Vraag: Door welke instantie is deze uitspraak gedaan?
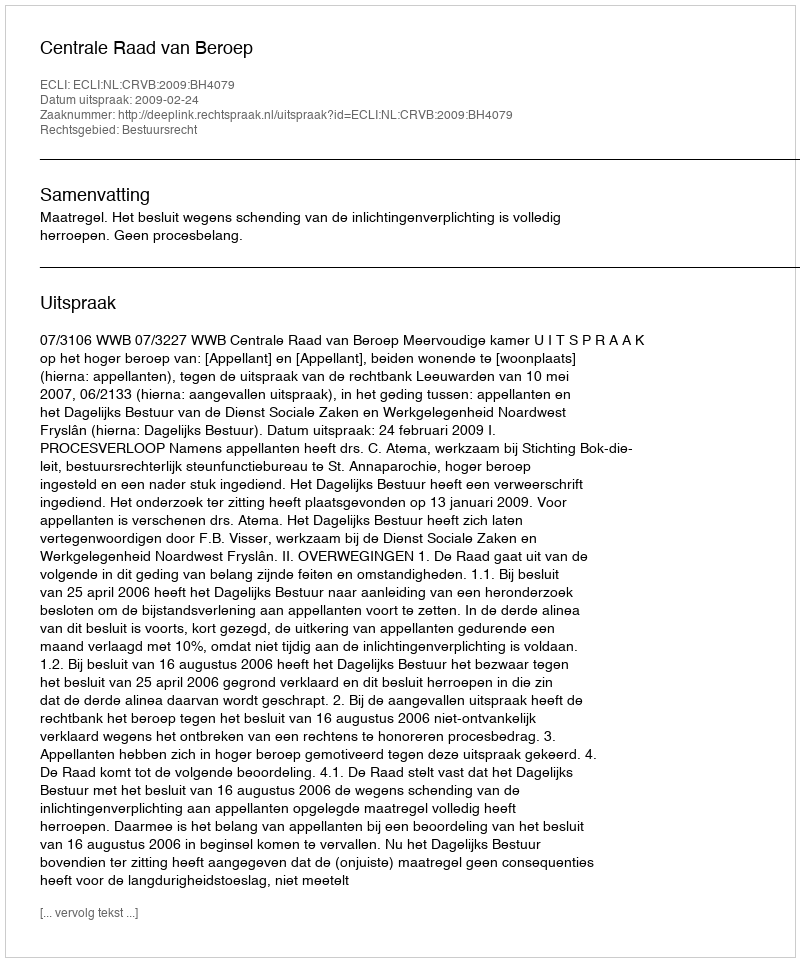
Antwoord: Centrale Raad van Beroep